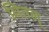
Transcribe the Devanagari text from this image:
मितल्